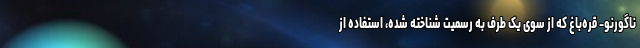
ناگورنو- قره‌باغ که از سوی یک طرف به رسمیت شناخته شده، استفاده از